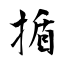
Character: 揗